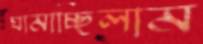
ঘামাচ্ছিলাম